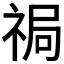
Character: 𱵔